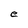
Character: e